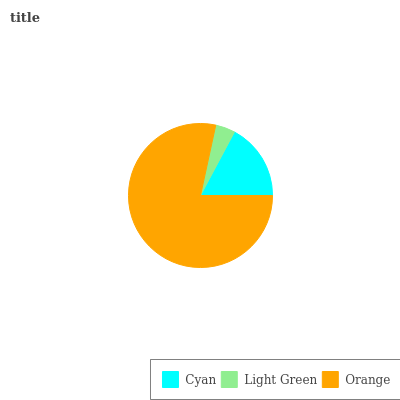
| Cyan | Light Green | Orange |
 | --- | --- | --- |
 | 17.2% | 4.41% | 78.4% |